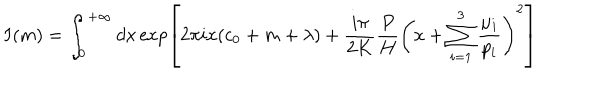
I ( m ) = \int _ { 0 } ^ { + \infty } d x \exp \left[ 2 \pi i x ( c _ { 0 } + m + \lambda ) + \frac { i \pi } { 2 K } \frac { P } { H } \left( x + \sum _ { i = 1 } ^ { 3 } \frac { \mu _ { i } } { p _ { i } } \right) ^ { 2 } \right]